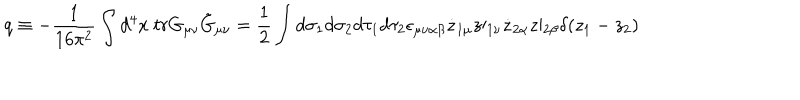
q \equiv - \frac { 1 } { 1 6 \pi ^ { 2 } } \int d ^ { 4 } x \mathrm { ~ } t r G _ { \mu \nu } \tilde { G } _ { \mu \nu } = \frac { 1 } { 2 } \int d \sigma _ { 1 } d \sigma _ { 2 } d \tau _ { 1 } d \tau _ { 2 } \epsilon _ { \mu \nu \alpha \beta } \dot { z } _ { 1 \mu } z \prime _ { 1 \nu } \dot { z } _ { 2 \alpha } z \prime _ { 2 \beta } \delta ( z _ { 1 } - z _ { 2 } )